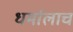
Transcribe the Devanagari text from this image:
धर्मालाच